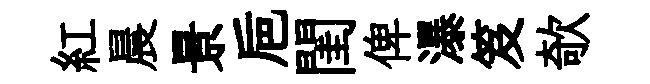
紅晨景巵閨俾瀑笈欹